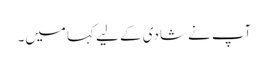
آپ نے شادی کے لیے کہا میں۔